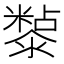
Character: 𭲲